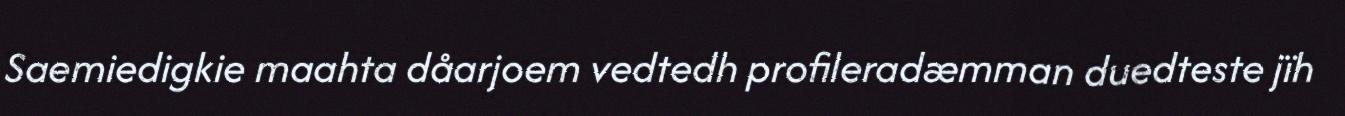
Saemiedigkie maahta dåarjoem vedtedh profileradæmman duedteste jïh